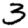
Digit: 3